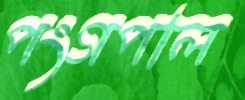
পংগপাল